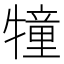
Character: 犝